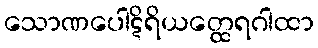
သောဏပေါဋိရိယတ္ထေရဂါထာ